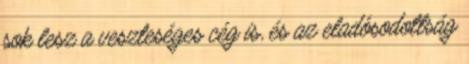
sok lesz a veszteséges cég is, és az eladósodottság